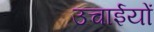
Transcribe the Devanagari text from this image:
उचाईयों